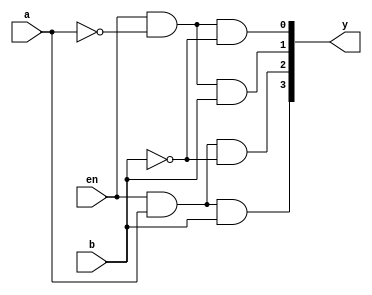
// 4. Write an RTL and testbench for 2:4 decoder using data flow abstraction.

module Decoder2_4 (input en, a, b, 
  output [3:0]y
  
);
  
assign y[0] = en & ~a & ~b;
assign y[1] = en & ~a & b;
assign y[2] = en & a & ~b;
assign y[3] = en & a & b;

endmodule



module Decoder2_4_tb (
  
);

reg en, a, b;
wire [3:0]y;

Decoder2_4 DUT (en, a, b, y);

initial
begin
  en = 0; a = 1'bx; b = 1'b1;

  #10 en = 0; a = 1'b0; b = 1'bx;

  #10 en = 1; a = 1'b0; b = 1'b0;

  #10 en = 1; a = 1'b0; b = 1'b1;

  #10 en = 1; a = 1'b1; b = 1'b0;

  #10 en = 1; a = 1'b1; b = 1'b1;

end 

initial
  $monitor("Input Enable = %d, a = %d, b = %d, Output y = %d",en,a,b,y);

initial #70 $finish;
endmodule